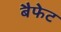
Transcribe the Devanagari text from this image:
बैफेट